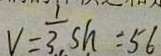
V = \frac { 1 } { 3 } S h = 5 6